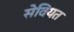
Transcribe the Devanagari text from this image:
सेवियत